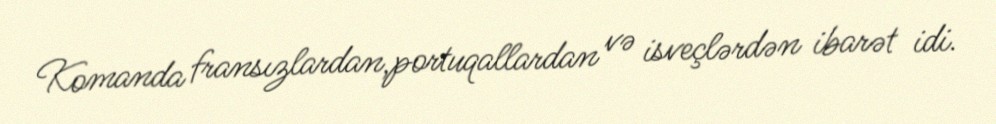
Komanda fransızlardan,portuqallardan və isveçlərdən ibarət idi.